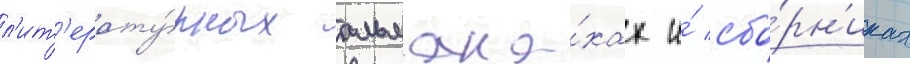
л'ит'ерату́рных альмана́хах и́ сбо́рн'иках